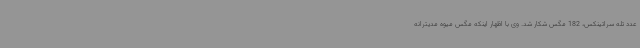
عدد تله سراتینکس، 182 مگس شکار شد. وی با اظهار اینکه مگس میوه مدیترانه